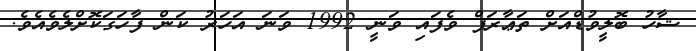
ޝާހު ބޮލީވުޑްއަށް ތަޢާރަފް ވެފައި ވަނީ 1992 ވަނަ އަހަރު ކަން ފާހަގަކޮށްލެވެއެވެ.